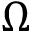
\Omega